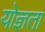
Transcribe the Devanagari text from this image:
योज्ञता